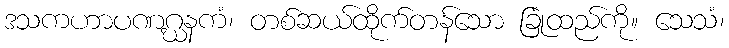
ဒသကဟာပဏဂ္ဃနကံ၊ တစ်ဆယ်ထိုက်တန်သော ခြုံထည်ကို။ သေသံ၊